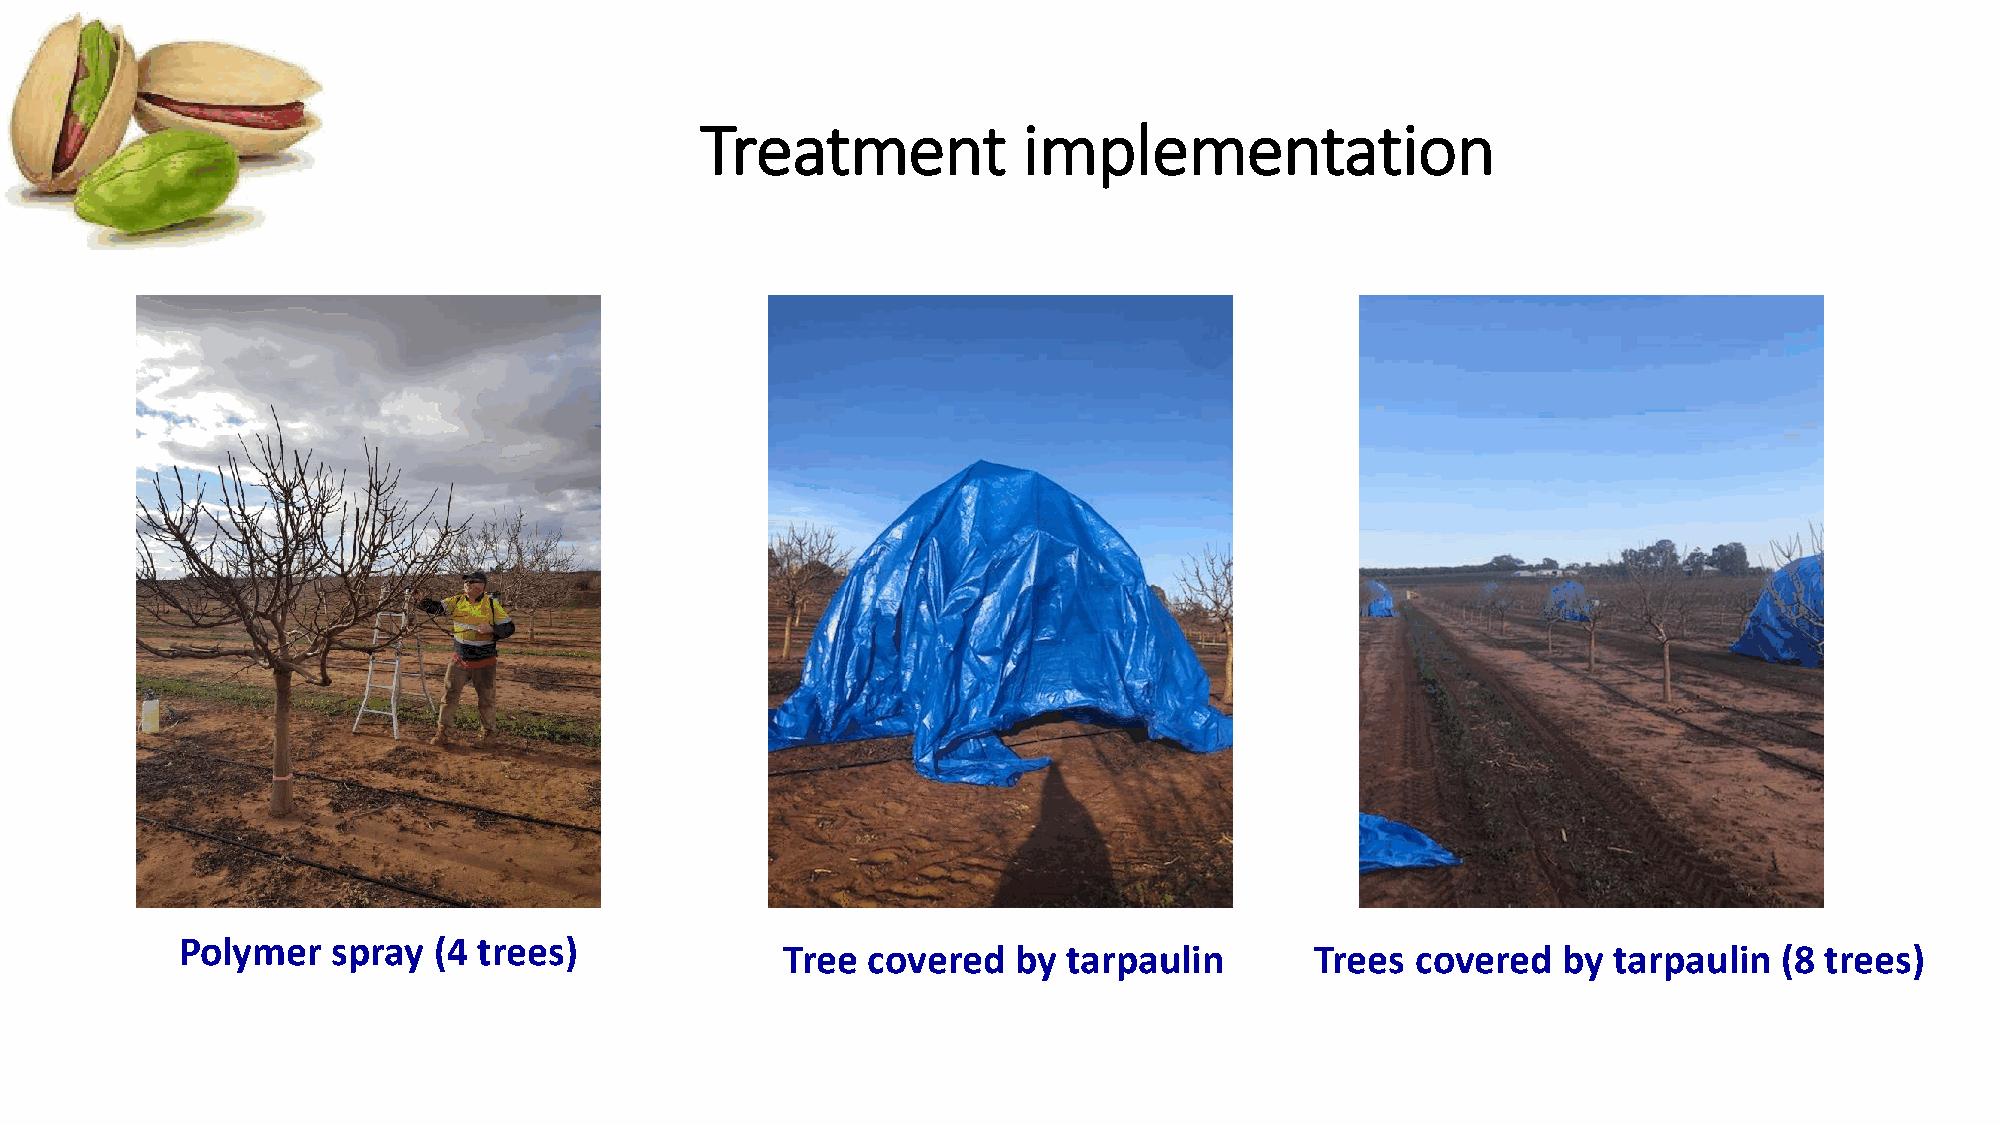
Treatment             implementation
 Polymer   spray  (4 trees)
 Tree covered   by  tarpaulin       Trees  covered  by  tarpaulin  (8 trees)